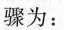
骤为：